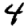
Digit: 4